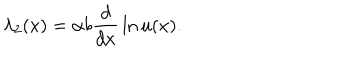
\lambda _ { 2 } ( x ) = \alpha b { \frac { d } { d x } } \ln u ( x ) .